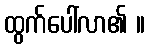
ထွက်ပေါ်လာ၏ ။